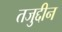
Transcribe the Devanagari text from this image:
तजुद्दीन